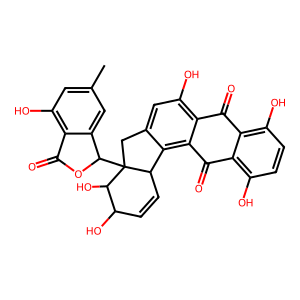
SMILES: Cc1cc(O)c2c(c1)C(C13Cc4cc(O)c5c(c4C1C=CC(O)C3O)C(=O)c1c(O)ccc(O)c1C5=O)OC2=O
Inhibits HIV replication: No